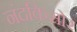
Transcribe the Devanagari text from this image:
नंदकिसोर